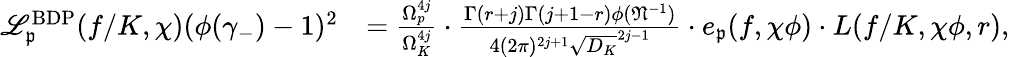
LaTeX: \begin{array}{rl}{\mathscr{L}_{\mathfrak{p}}^{\mathrm{BDP}}(f/K,\chi)(\phi(\gamma_{-})-1)^{2}}&{=\frac{\Omega_{p}^{4j}}{\Omega_{K}^{4j}}\cdot\frac{\Gamma(r+j)\Gamma(j+1-r)\phi(\mathfrak{N}^{-1})}{4(2\pi)^{2j+1}\sqrt{D_{K}}^{2j-1}}\cdot e_{\mathfrak{p}}(f,\chi\phi)\cdot L(f/K,\chi\phi,r),}\end{array}